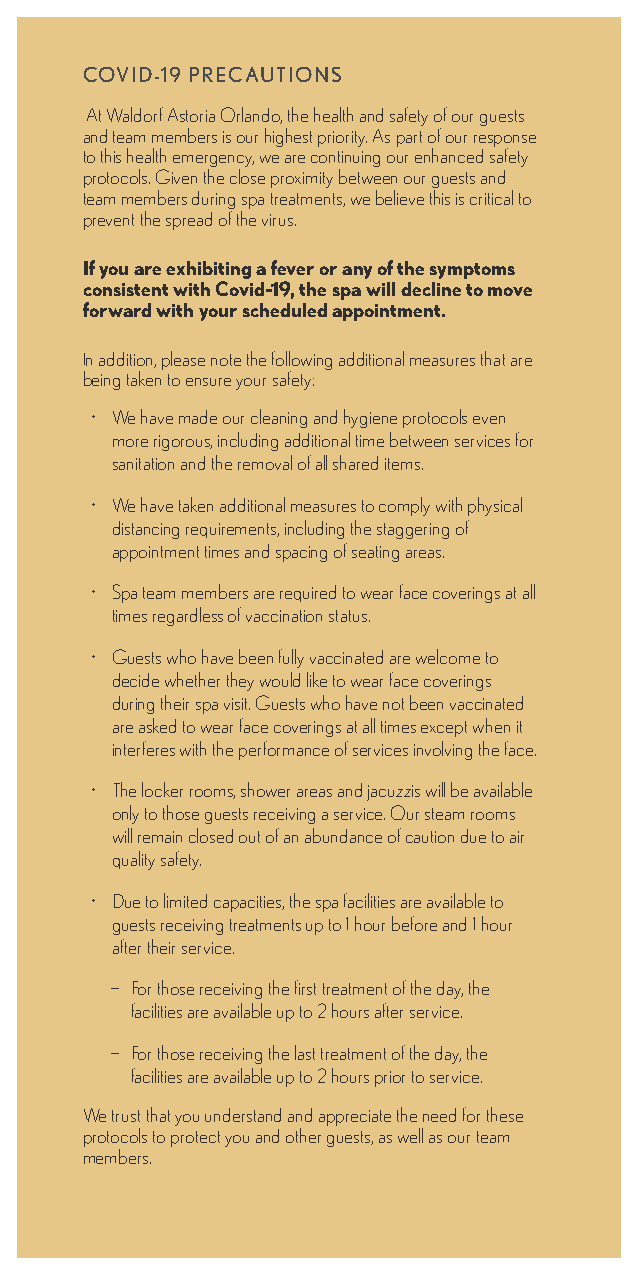
COVID-19 PRECAUTIONS
 At Waldorf Astoria Orlando, the health and safety of our guests
 and team members is our highest priority. As part of our response
 to this health emergency, we are continuing our enhanced safety
 protocols. Given the close proximity between our guests and
 team members during spa treatments, we believe this is critical to
 prevent the spread of the virus.
 If you are exhibiting a fever or any of the symptoms
 consistent with Covid-19, the spa will decline to move
 forward with your scheduled appointment.
 In addition, please note the following additional measures that are
 being taken to ensure your safety:
 • We have made our cleaning and hygiene protocols even
 more rigorous, including additional time between services for
 sanitation and the removal of all shared items.
 • We have taken additional measures to comply with physical
 distancing requirements, including the staggering of
 appointment times and spacing of seating areas.
 • Spa team members are required to wear face coverings at all
 times regardless of vaccination status.
 • Guests who have been fully vaccinated are welcome to
 decide whether they would like to wear face coverings
 during their spa visit. Guests who have not been vaccinated
 are asked to wear face coverings at all times except when it
 interferes with the performance of services involving the face.
 • The locker rooms, shower areas and jacuzzis will be available
 only to those guests receiving a service. Our steam rooms
 will remain closed out of an abundance of caution due to air
 quality safety.
 • Due to limited capacities, the spa facilities are available to
 guests receiving treatments up to 1 hour before and 1 hour
 after their service.
 − For those receiving the first treatment of the day, the
 facilities are available up to 2 hours after service.
 − For those receiving the last treatment of the day, the
 facilities are available up to 2 hours prior to service.
 We trust that you understand and appreciate the need for these
 protocols to protect you and other guests, as well as our team
 members.